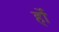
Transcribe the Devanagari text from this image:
र्हो